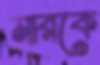
মারকে